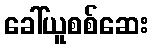
ခေါ်ယူစစ်ဆေး